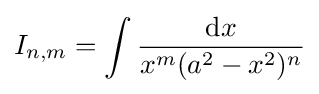
I_{n,m}=\int {\frac {{\text{d}}x}{x^{m}(a^{2}-x^{2})^{n}}}\,\!